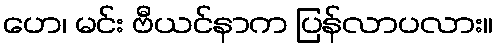
ဟေ၊ မင်း ဗီယင်နာက ပြန်လာပလား။